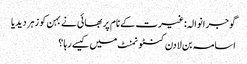
گوجرانوالہ: غیرت کے نام پر بھائی نے بہن کو زہر دیدیا
اسامہ بن لادن کنٹونمنٹ میں کیسے رہا ؟